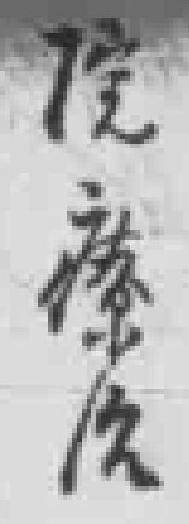
院療治